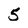
Character: 5